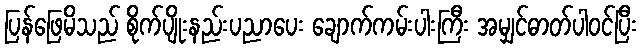
ပြန်ဖြေမိသည် စိုက်ပျိုးနည်းပညာပေး ချောက်ကမ်းပါးကြီး အမျှင်ဓာတ်ပါဝင်ပြီး